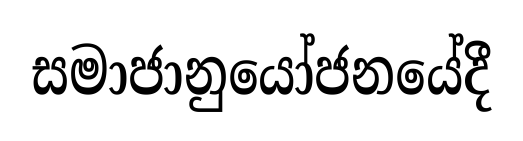
සමාජානුයෝජනයේදී